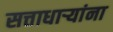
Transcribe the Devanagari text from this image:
सत्ताधार्‍यांना